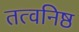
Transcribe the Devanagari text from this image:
तत्वनिष्ठ